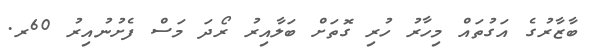
ބާޒާރުގެ އަގުތައް މިހާރު ހުރި ގޮތަށް ބަލާއިރު ރޯދަ މަސް ފެށުނުއިރު 60ރ.